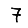
Digit: 7